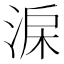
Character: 淭